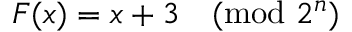
F ( x ) = x + 3 { \pmod { 2 ^ { n } } }